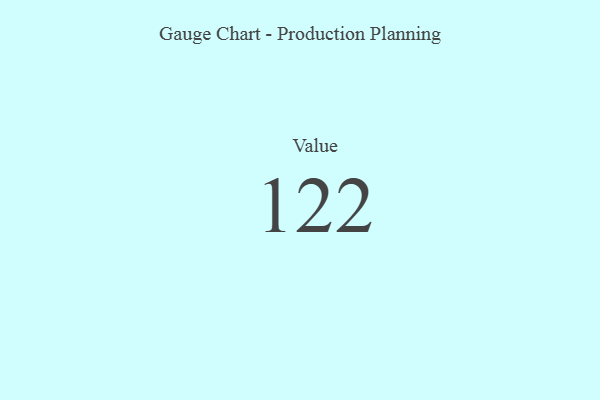
{"axis": {"x": "Metric", "y": "Value"}, "legend": [""], "data": [{"x": "Value", "y": 122, "type": ""}]}